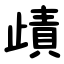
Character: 歵